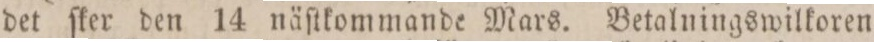
det ſker den 14 näſtkommande Mars. Betalningswilkoren